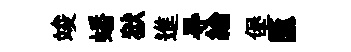
竣蟠狱進㝵綸堡匯